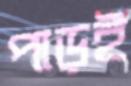
পাড়ই